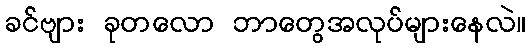
ခင်ဗျား ခုတလော ဘာတွေအလုပ်များနေလဲ။